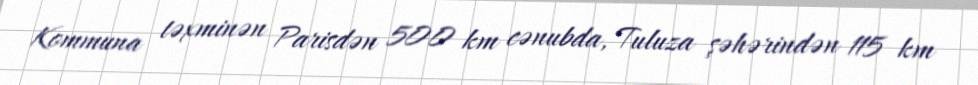
Kommuna təxminən Parisdən 500 km cənubda, Tuluza şəhərindən 115 km